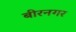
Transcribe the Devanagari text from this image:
बीरनगर